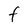
Character: F